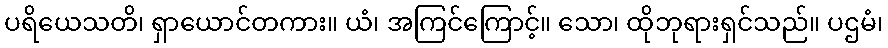
ပရိယေသတိ၊ ရှာယောင်တကား။ ယံ၊ အကြင်ကြောင့်။ သော၊ ထိုဘုရားရှင်သည်။ ပဌမံ၊